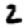
Digit: 2